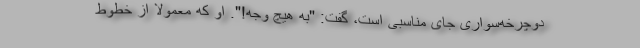
دوچرخه‌سواری جای مناسبی است، گفت: "به هیچ وجه!". او که معمولا از خطوط